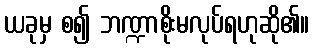
ယခုမှ စ၍ ဘဏ္ဍာစိုးမလုပ်ရဟုဆို၏။